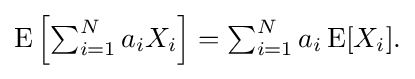
{\textstyle \operatorname {E} \left[\sum _{i=1}^{N}a_{i}X_{i}\right]=\sum _{i=1}^{N}a_{i}\operatorname {E} [X_{i}].}